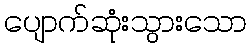
ပျောက်ဆုံးသွားသော